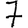
Digit: 7